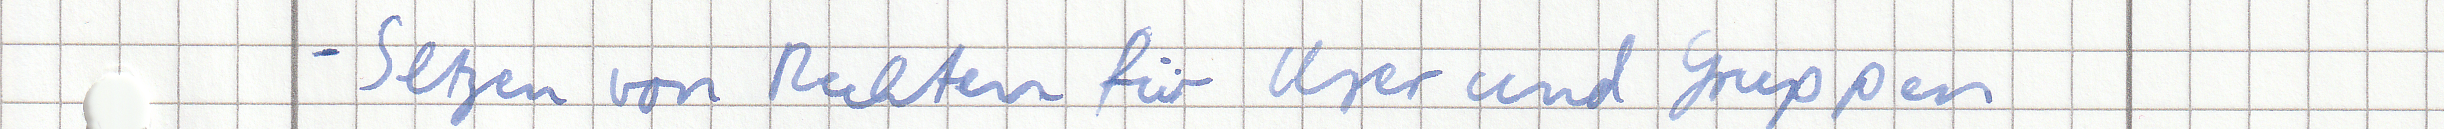
- Setzen von Rechten für User und Gruppen